Leningradi_Edasi_toimetus, lk 11
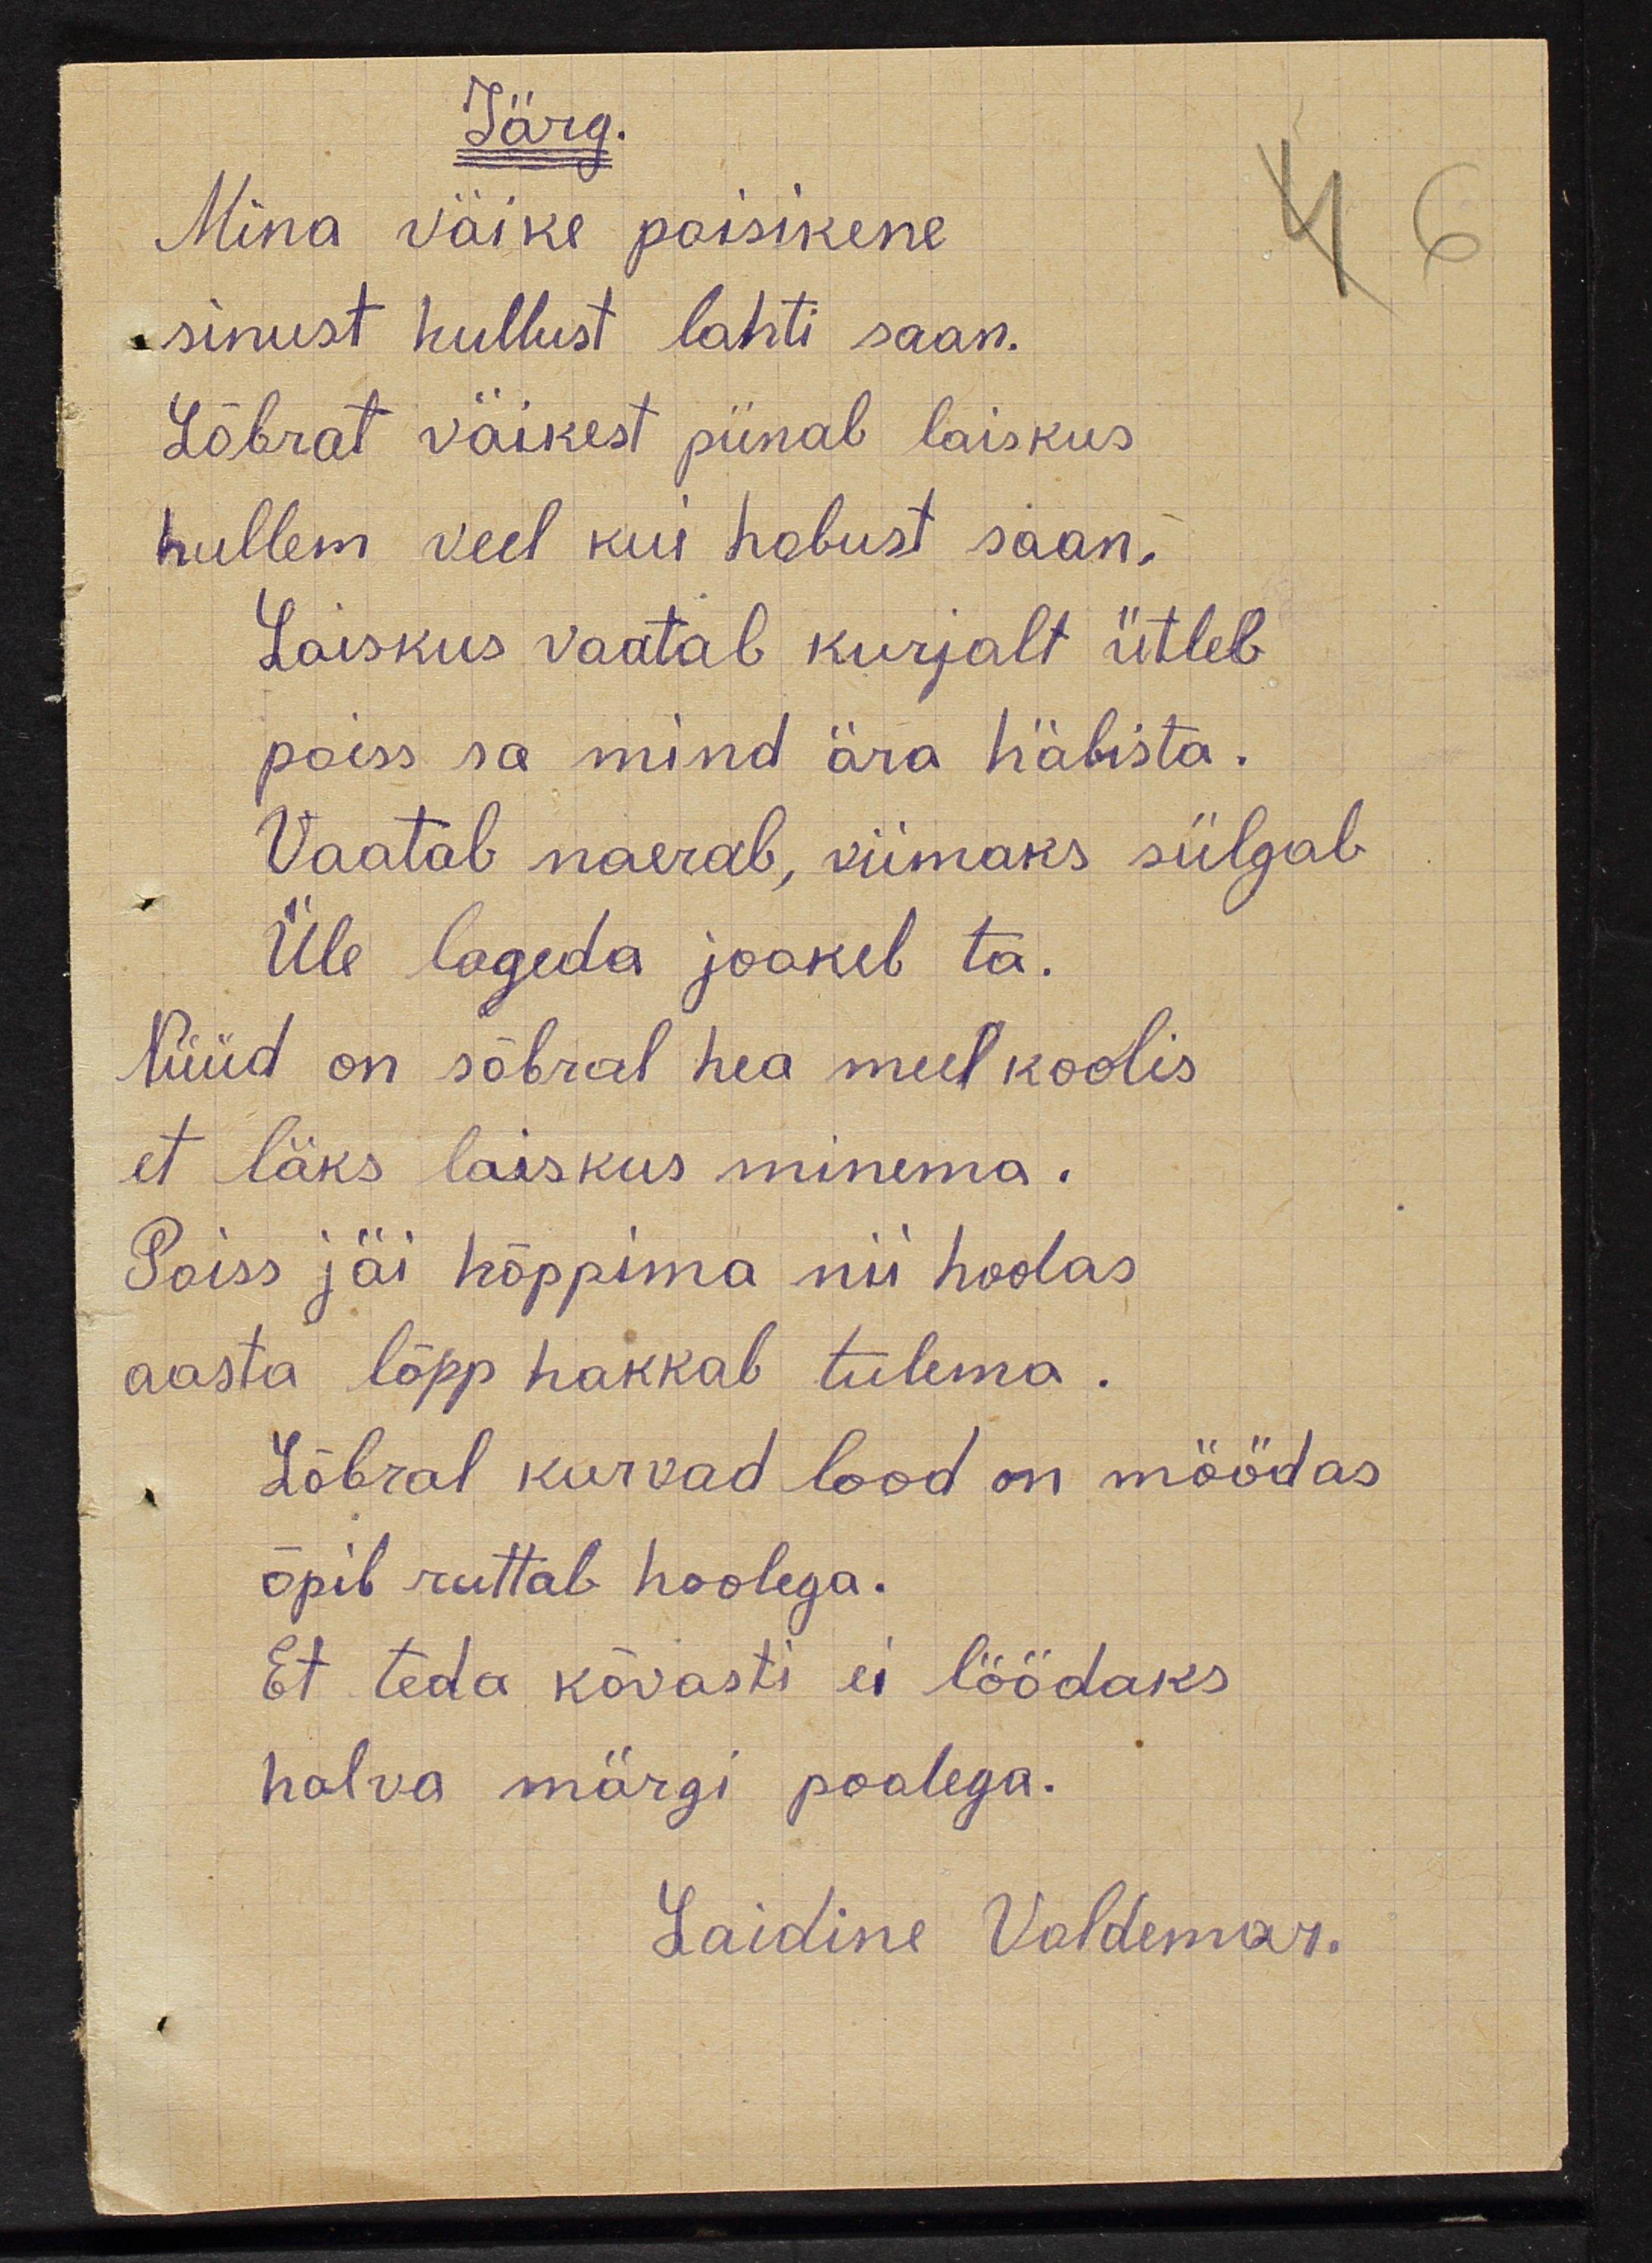
Järg
Mina väike poisikene
sinust hullust lahti saan.
Sõbrat väikest piinab laiskus
hullem veel kui hobust saan.
Laiskus vaatab kurjalt ütleb
poiss sa mind ära häbista.
Vaatab naerab, viimaks sülgab
Üle lageda jookeb ta.
Nüüd on sõbral hea meel koolis
et läks laiskus minema.
Poiss jäi hõppima nii hoolas
aasta lõpp hakkab tulema.
Sõbral kurvad lood on möödas
õpib ruttab hoolega.
Et teda kõvasti ei löödaks
halva märgi poolega.
Laidine Voldemar.